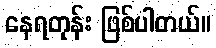
နေရတုန်း ဖြစ်ပါတယ်။